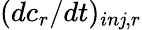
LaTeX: (dc_{r}/dt)_{in\mathit{j},r}